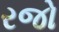
રજો